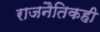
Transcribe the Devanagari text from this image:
राजनैतिकही